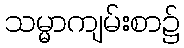
သမ္မာကျမ်းစာ၌